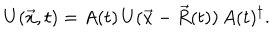
U ( \vec { x } , t ) = A ( t ) \, U ( \vec { x } - \vec { R } ( t ) ) \, A ( t ) ^ { \dagger } .